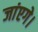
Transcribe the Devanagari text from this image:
जांएगे।